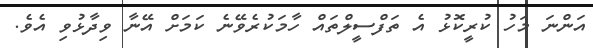
އަންނަ މަހު ކުރީކޮޅު އެ ތަފްސީލްތައް ހާމަކުރެވޭނެ ކަމަށް އޭނާ ވިދާޅުވި އެވެ.